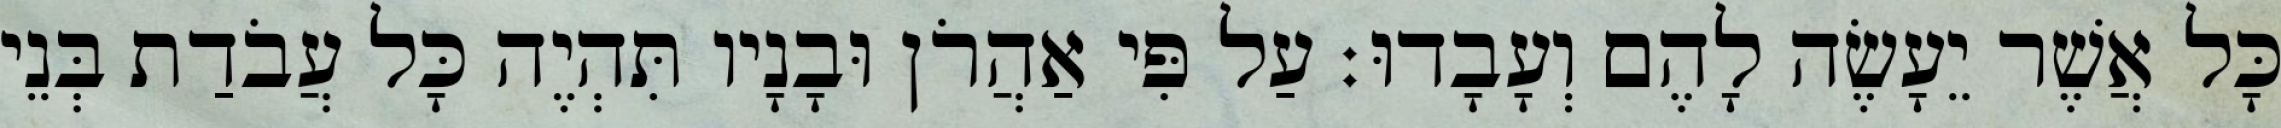
כָּל אֲשֶׁר יֵעָשֶׂה לָהֶם וְעָבָדוּ׃ עַל פִּי אַהֲרֹן וּבָנָיו תִּהְיֶה כָּל עֲבֹדַת בְּנֵי